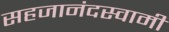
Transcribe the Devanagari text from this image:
सहजानंदस्वामी